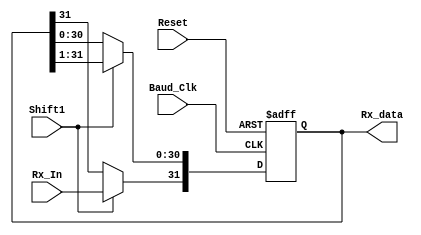
`timescale 1ns / 1ps
//////////////////////////////////////////////////////////////////////////////////
// Company: 
// Engineer: 
// 
// Design Name: 
// Module Name:    SIPO 
// Project Name: 
// Target Devices: 
// Tool versions: 
// Description: 
//
// Dependencies: 
//
// Revision: 
// Revision 0.01 - File Created
// Additional Comments: 
//
//////////////////////////////////////////////////////////////////////////////////
module SIPO(Rx_data, Shift1, Rx_In, Baud_Clk, Reset);

output [31:0]Rx_data;
input Shift1, Rx_In, Baud_Clk, Reset;
reg [31:0]t = 32'd0;

always@(posedge Baud_Clk or negedge Reset)
begin
	if(!Reset) t <= 0;
	else if(Shift1)
	begin
		t <= t >> 1;
		t[31] <= Rx_In;
	end
	else t <= t;
end
assign Rx_data = t;
endmodule